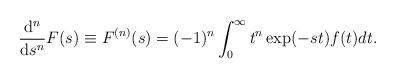
LaTeX: \begin{align*}\frac{ {\rm d}^{n}} {{\rm d} s^{n}} F(s) \equiv F^{(n)}(s) = (-1)^{n} \int_{0}^{\infty} t^{n} \exp(-st) f(t) dt.\end{align*}